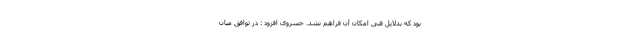
بود که بدلایل فنی امکان آن فراهم نشد. خسروی افزود : در توافق میان